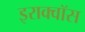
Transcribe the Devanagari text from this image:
इराक्वॉस